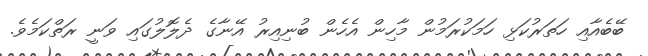
ބޭބެއާއި ހަތަރުކަޅި ހަމަކުރަމުން މާހިން އެހެން ބުނިއިރު އޭނާގެ ދެލޮލުގައި ވަނީ ރަތްކަމެވެ.